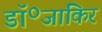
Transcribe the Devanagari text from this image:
डॉ॰जाकिर